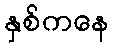
နှစ်ကနေ